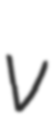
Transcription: v